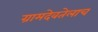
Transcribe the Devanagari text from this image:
ग्रामदेवतेलाच